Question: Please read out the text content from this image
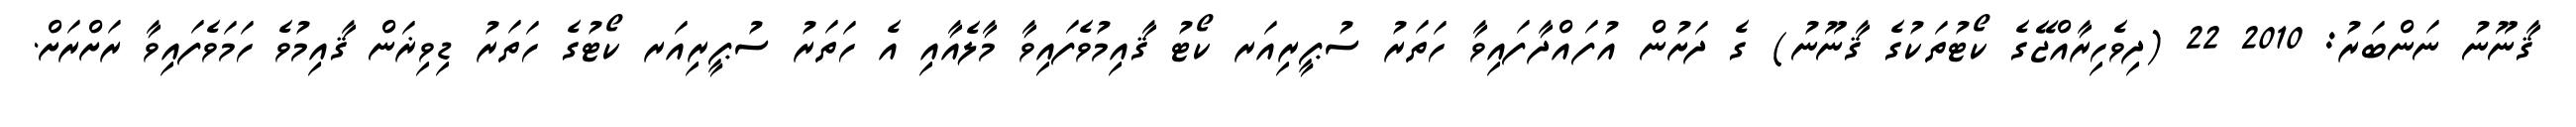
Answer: ޤާނޫނު ނަންބަރު: 2010 22 (ދިވެހިރާއްޖޭގެ ކޯޓުތަކުގެ ޤާނޫނު) ގެ ދަށުން އުފައްދާފައިވާ ހަތަރު ސުޕީރިއަރ ކޯޓު ޤާއިމުވެފައިވާ މާލެއާއި އެ ހަތަރު ސުޕީރިއަރ ކޯޓުގެ ހަތަރު ޑިވިޜަން ޤާއިމުވެ ހަމަވެފައިވާ ރަށްރަށް.